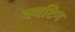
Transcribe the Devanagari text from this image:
क्यटिन